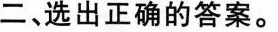
二、选出正确的答案。